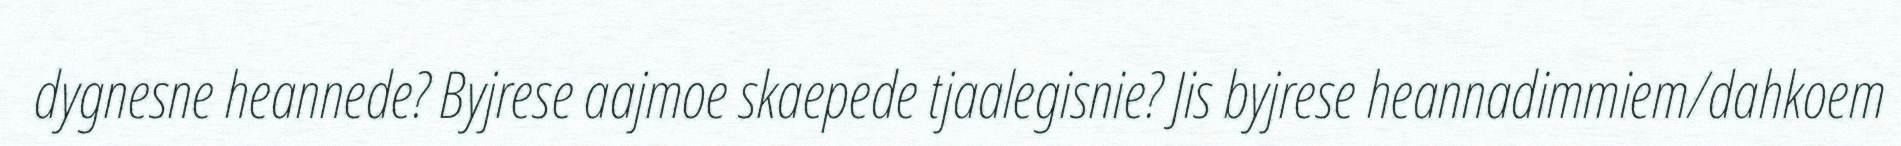
dygnesne heannede? Byjrese aajmoe skaepede tjaalegisnie? Jis byjrese heannadimmiem/dahkoem